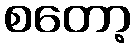
စတော့